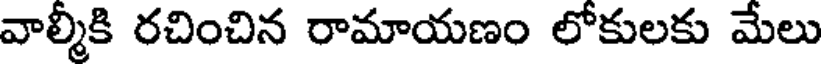
వాల్మీకి రచించిన రామాయణం లోకులకు మేలు